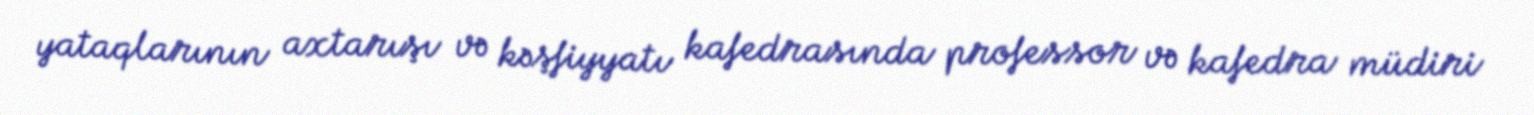
yataqlarının axtarışı və kəşfiyyatı kafedrasında professor və kafedra müdiri